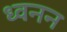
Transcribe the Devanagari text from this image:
ध्वनन